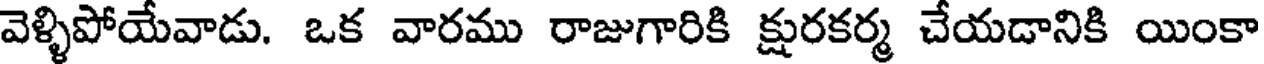
వెళ్ళిపోయేవాడు. ఒక వారము రాజుగారికి క్షురకర్మ చేయడానికి యింకా